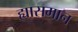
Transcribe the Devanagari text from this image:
ह्यासमान